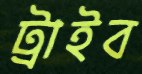
ট্রাইব